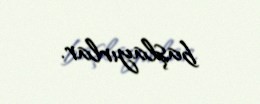
başlayırlar.